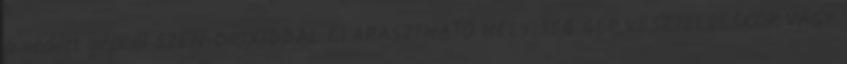
a védett gépnél SZÉN-DIOXIDDAL ELÁRASZTHATÓ HELYISÉG GÉP VÉSZJELZÉSKOR VAGY